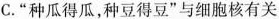
C.”种瓜得瓜，种豆得豆”与细胞核有关